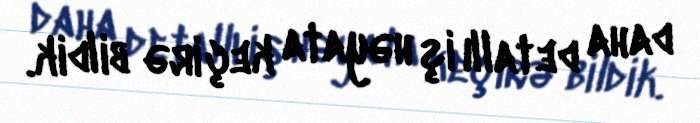
daha detallı iş həyata keçirə bildik.